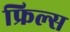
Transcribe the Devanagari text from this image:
फ्रिल्स